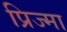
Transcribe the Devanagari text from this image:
प्रिज्मा